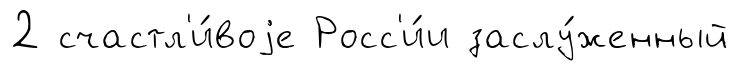
2 счастл'и́воjе Росс'и́и заслу́женный